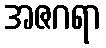
အဇဂရာ